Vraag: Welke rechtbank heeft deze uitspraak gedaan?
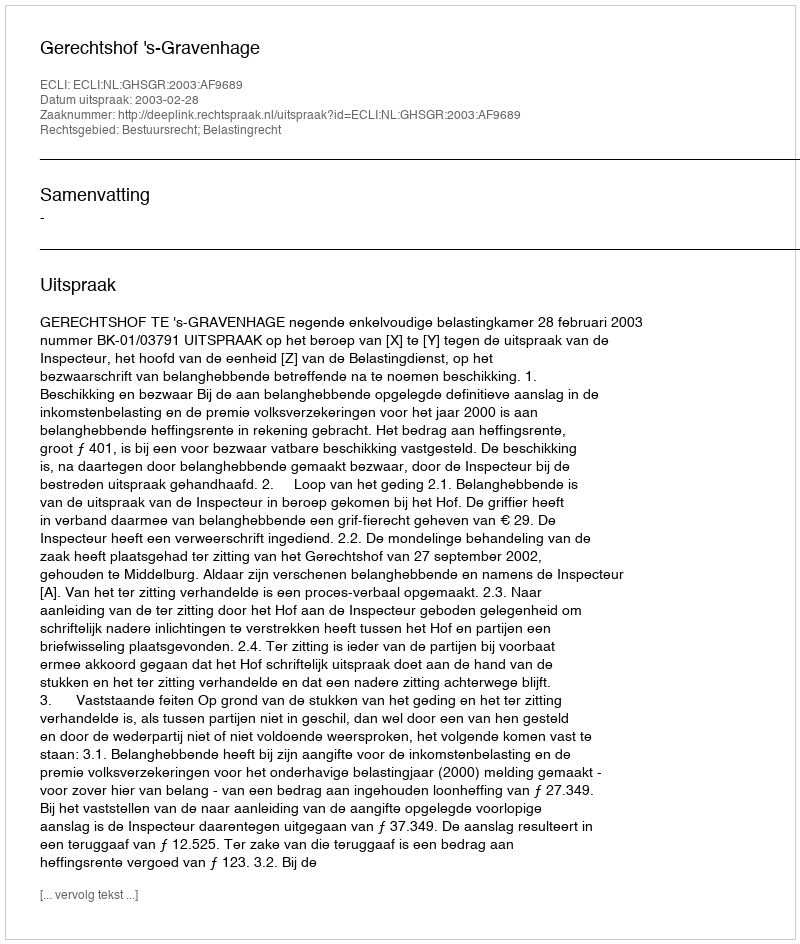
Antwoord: Gerechtshof 's-Gravenhage